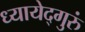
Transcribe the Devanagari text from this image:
ध्यायेद्गुरुं